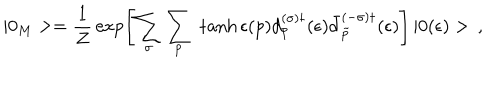
| 0 _ { M } > = \frac { 1 } { Z } \, \exp \left[ { \sum _ { \sigma } \sum _ { p } \; \tanh \epsilon ( p ) d _ { p } ^ { ( \sigma ) \dagger } ( \epsilon ) \bar { d } _ { \tilde { p } } ^ { ( - \sigma ) \dagger } } ( \epsilon ) \right] \, | 0 ( \epsilon ) > \, { , }